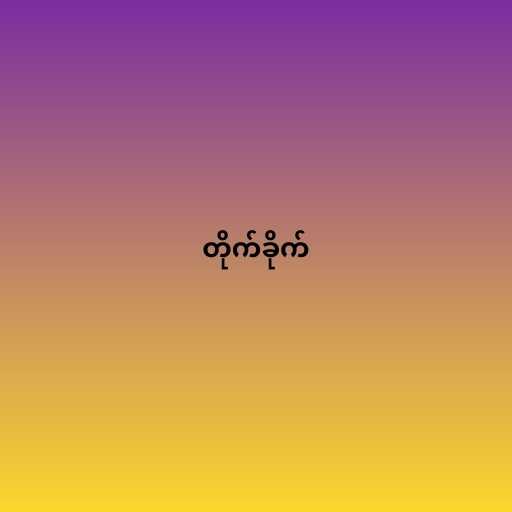
တိုက်ခိုက်